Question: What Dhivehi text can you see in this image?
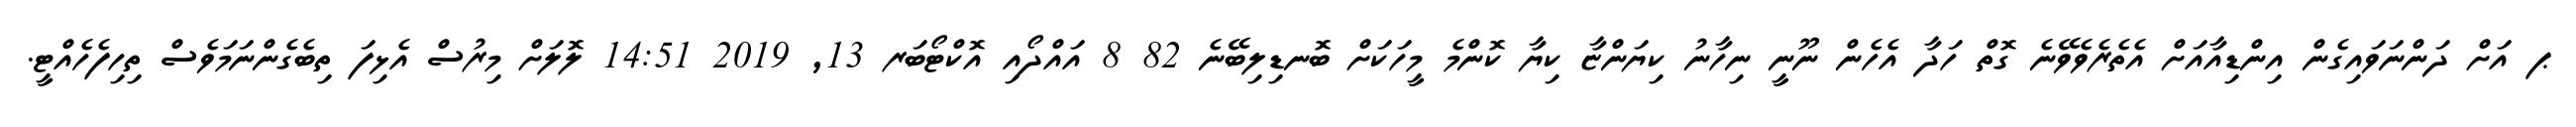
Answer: ޕ އަށް ދަންނަވައިގެން އިންޑިއާއަށް އެތެރެވެވޭނެ ގޮތް ހަދާ އެހެން ނޫނީ ނިހާނު ކިޔަންޏާ ކިޔާ ކޮންމެ މީހަކަށް ބޮނޑިލިބޭނެ 82 8 އައްދޯއި އޮކްޓޯބަރ 13, 2019 14:51 ލޮލަށް މިރުސް އެޅިފަ ތިބެގެންނަމަވެސް ތިހިފެހެއްޓީ.